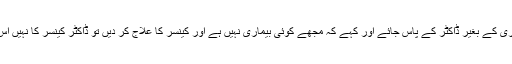
ہاں ایسا ممکن ہے کہ جو شخص بیماری کے بغیر ڈاکٹر کے پاس جائے اور کہے کہ مجھے کوئی بیماری نہیں ہے اور کینسر کا علاج کر دیں تو ڈاکٹر کینسر کا نہیں اس کے دماغ کا علاج ضرور کرے گا۔